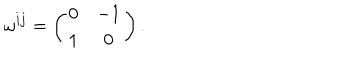
\omega ^ { i j } = \left( \begin{array} { c c } { { 0 } } & { { - 1 } } \\ { { 1 } } & { { 0 } } \\ \end{array} \right) .